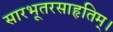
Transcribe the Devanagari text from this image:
सारभूतरसाहृतिम्।